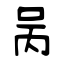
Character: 呙